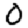
Digit: 0